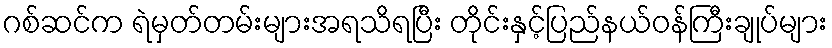
ဂစ်ဆင်က ရဲမှတ်တမ်းများအရသိရပြီး တိုင်းနှင့်ပြည်နယ်ဝန်ကြီးချုပ်များ